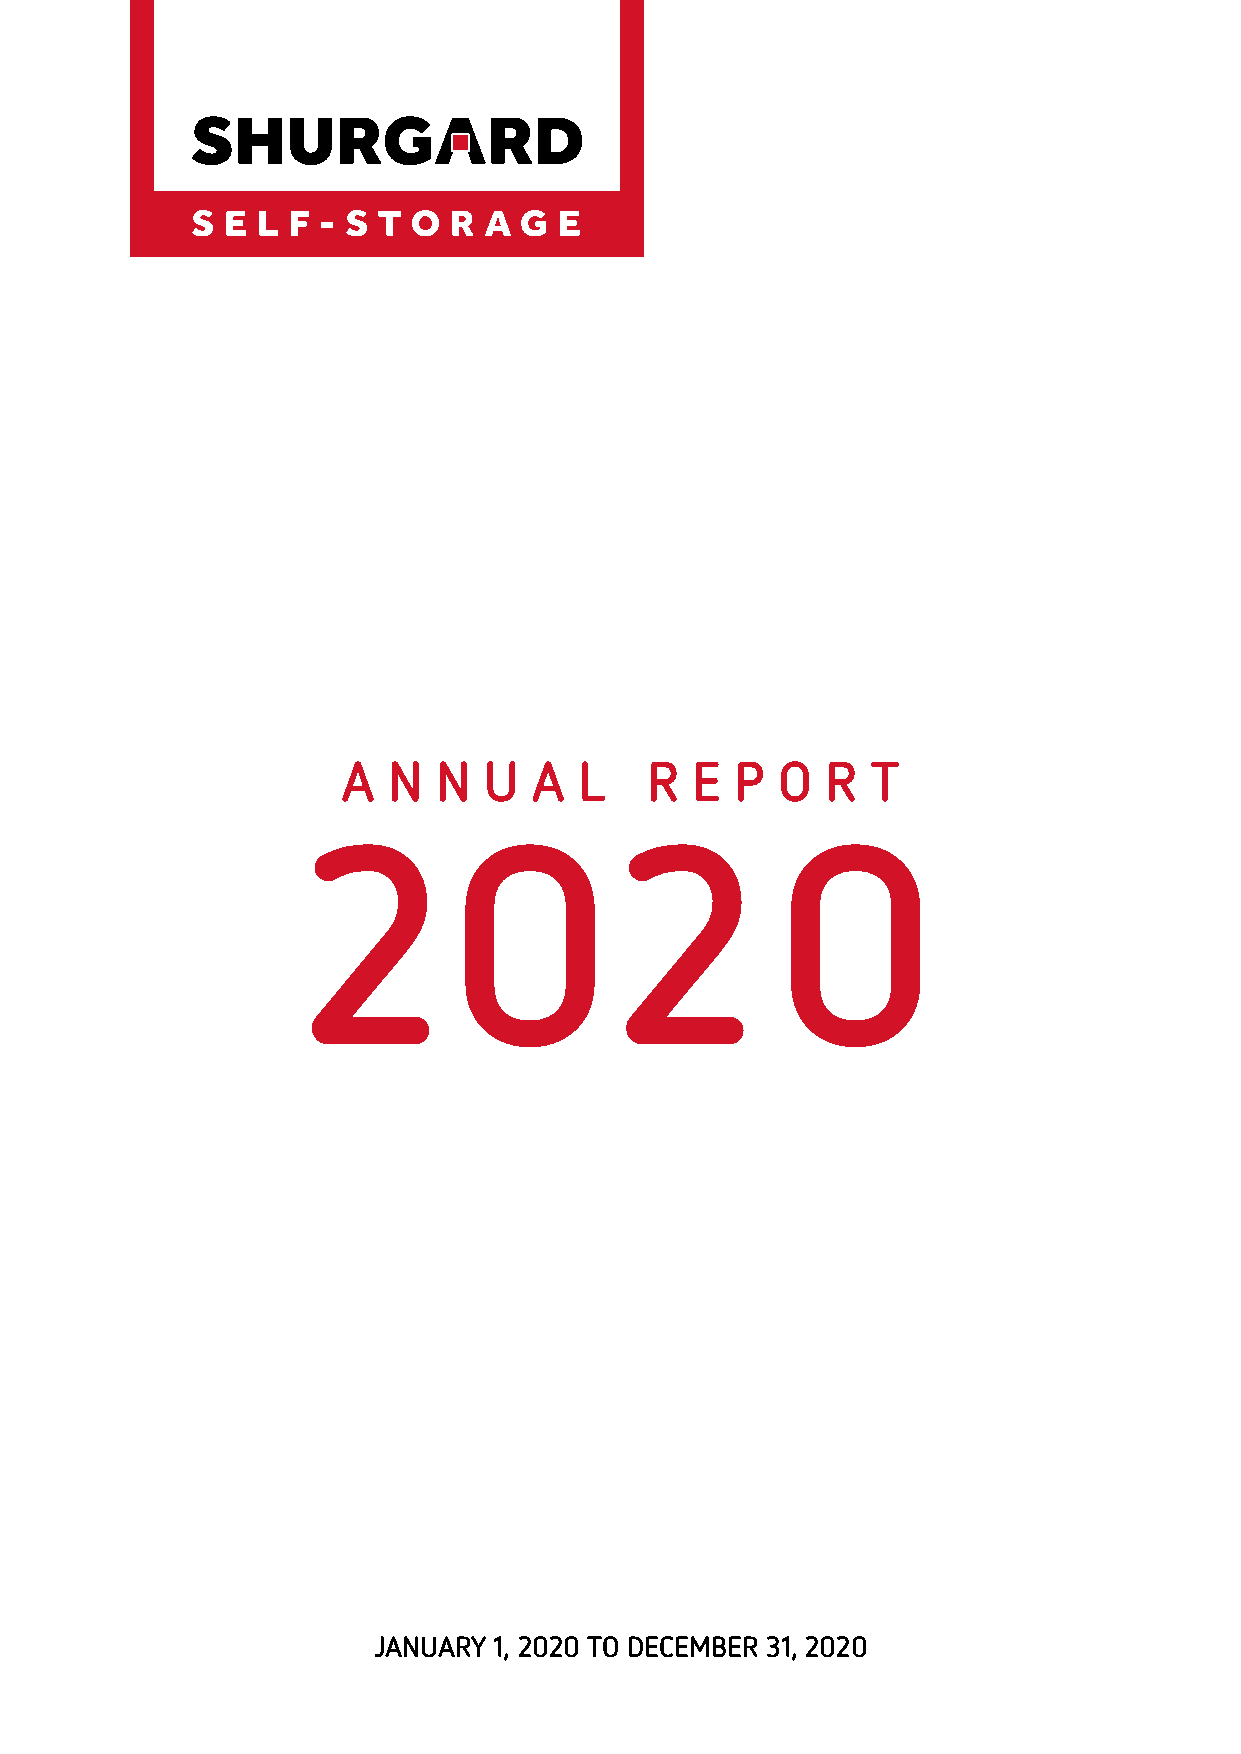
A  N  N  U  A  L    R  E  P O   R  T
 20                   2         0
 JANUARY 1, 2020 TO DECEMBER 31, 2020